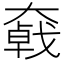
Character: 𡚄